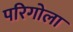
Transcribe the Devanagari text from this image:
परिगोला